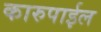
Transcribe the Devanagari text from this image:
कारुपाईल